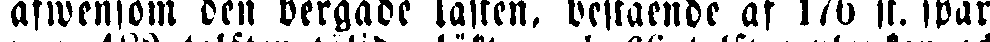
äfwensom den bergade lasten, bestående af 176 st. spar-